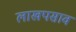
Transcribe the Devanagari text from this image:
लाखपसाव